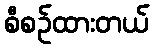
စီစဉ်ထားတယ်